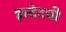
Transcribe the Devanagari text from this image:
इस्टेटची